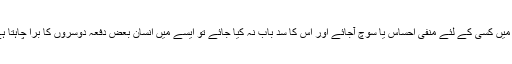
دل میں کسی کے لئے منفی احساس یا سوچ آجائے اور اس کا سد باب نہ کیا جائے تو ایسے میں انسان بعض دفعہ دوسروں کا برا چاہتا ہے ۔